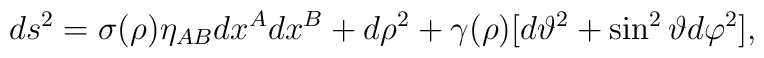
ds^2 = \sigma(\rho) \eta_{A B} dx^{A} d x^{B} + d\rho^2 + \gamma(\rho) [ d\vartheta^2 + \sin^2{\vartheta} d\varphi^2],